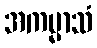
အကမ္မာသံ